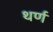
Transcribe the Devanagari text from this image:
थर्ण